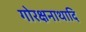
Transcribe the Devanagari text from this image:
गोरक्षनाथादि